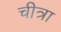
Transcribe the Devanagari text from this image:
चीत्रा